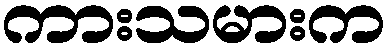
ကားသမားက